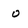
Character: o